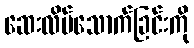
ဆေးလိပ်သောက်ခြင်းကို